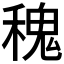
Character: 𥡂